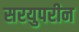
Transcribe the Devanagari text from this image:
सरयुपरीन